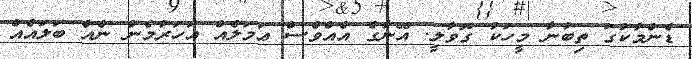
ޑެންމާކުގަ ތިބުނާ މީހަކު ގޮވާލީ. އޭނާގެ އެއްވެސް ޢަމަލެއް އަހަރުމެން ނެއް ބަލައެއް